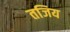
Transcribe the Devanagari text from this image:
तजिय